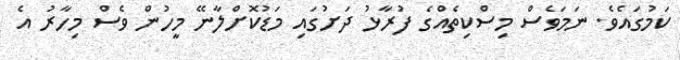
ކަމުގައެވެ. ނަަމަވެސް މިސްކިތެއްގެ ފުރާޅު ދަށުގައި މަޑުކޮށްލާނޭ މީހުން ވެސް މިހާރު އެ